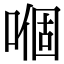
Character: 嗰